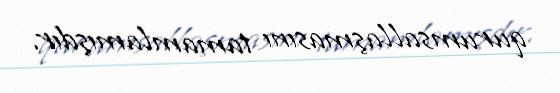
qurumsallaşmasını tamamlamışdır.